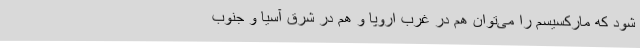
شود که مارکسیسم را می‌توان هم در غرب اروپا و هم در شرق آسیا و جنوب